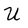
Character: U